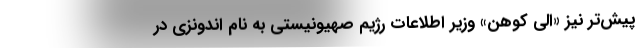
پیش‌تر نیز «الی کوهن» وزیر اطلاعات رژیم صهیونیستی به نام اندونزی در